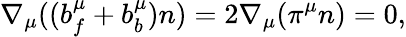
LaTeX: \nabla_{\mu}((b_{f}^{\mu}+b_{b}^{\mu})n)=2\nabla_{\mu}(\pi^{\mu}n)=0,